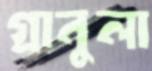
গ্রানুলা